Vaccination in Burma 1920-1933 - 1920-1933
Year: 1920
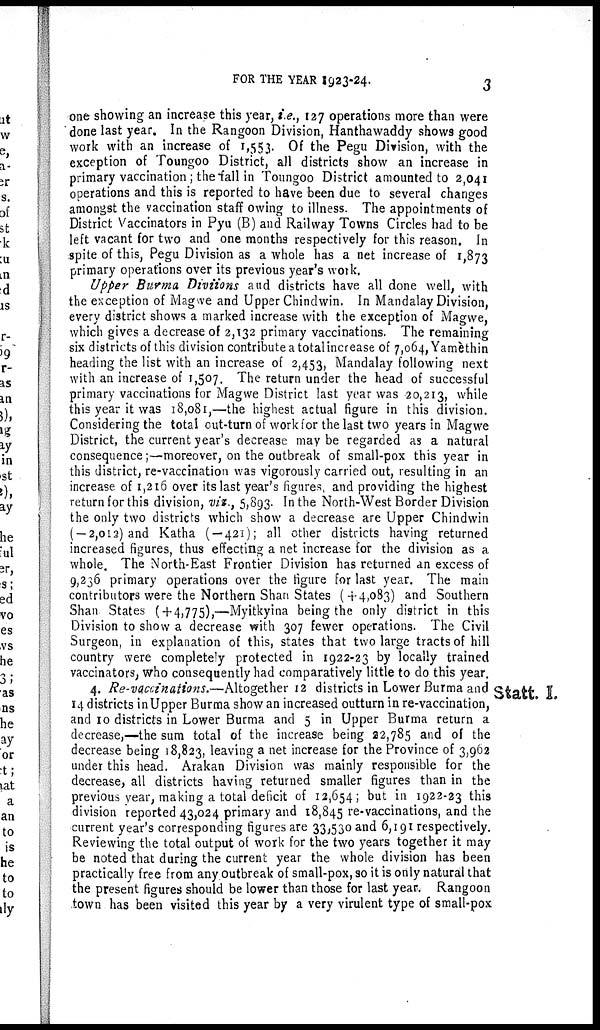
FOR THE YEAR 1923-24.
3
one showing an increase this year, i.e., 127 operations more than were
done last year. In the Rangoon Division, Hanthawaddy shows good
work with an increase of 1,553. Of the Pegu Division, with the
exception of Toungoo District, all districts show an increase in
primary vaccination; the fall in Toungoo District amounted to 2,041
operations and this is reported to have been due to several changes
amongst the vaccination staff owing to illness. The appointments of
District Vaccinators in Pyu (B) and Railway Towns Circles had to be
left vacant for two and one months respectively for this reason. In
spite of this, Pegu Division as a whole has a net increase of 1,873
primary operations over its previous year's work.
Upper Burma Diviions and districts have all done well, with
the exception of Magwe and Upper Chindwin. In Mandalay Division,
every district shows a marked increase with the exception of Magwe,
which gives a decrease of 2,132 primary vaccinations. The remaining
six districts of this division contribute a total increase of 7,064, Yamèthin
heading the list with an increase of 2,453, Mandalay following next
with an increase of 1,507. The return under the head of successful
primary vaccinations for Magwe District last year was 20,213, while
this year it was 18,081,—the highest actual figure in this division.
Considering the total out-turn of work for the last two years in Magwe
District, the current year's decrease may be regarded as a natural
consequence;—moreover, on the outbreak of small-pox this year in
this district, re-vaccination was vigorously carried out, resulting in an
increase of 1,216 over its last year's figures, and providing the highest
return for this division, viz., 5,893. In the North-West Border Division
the only two districts which show a decrease are Upper Chindwin
( — 2,012) and Katha ( — 421); all other districts having returned
increased figures, thus effecting a net increase for the division as a
whole. The North-East Frontier Division has returned an excess of
9,236 primary operations over the figure for last year. The main
contributors were the Northern Shan States (+4,083) and Southern
Shan States (+ 4,775),—Myitkyina being the only district in this
Division to show a decrease with 307 fewer operations. The Civil
Surgeon, in explanation of this, states that two large tracts of hill
country were completely protected in 1922-23 by locally trained
vaccinators, who consequently had comparatively little to do this year.
Statt. I.
4. Re-vaccinations.—Altogether 12 districts in Lower Burma and
14 districts in Upper Burma show an increased outturn in re-vaccination,
and 10 districts in Lower Burma and 5 in Upper Burma return a
decrease,—the sum total of the increase being 22,785 and of the
decrease being 18,823, leaving a net increase for the Province of 3,962
under this head. Arakan Division was mainly responsible for the
decrease, all districts having returned smaller figures than in the
previous year, making a total deficit of 12,654; but in 1922-23 this
division reported 43,024 primary and 18,845 re-vaccinations, and the
current year's corresponding figures are 33,530 and 6,191 respectively.
Reviewing the total output of work for the two years together it may
be noted that during the current year the whole division has been
practically free from any outbreak of small-pox, so it is only natural that
the present figures should be lower than those for last year. Rangoon
town has been visited this year by a very virulent type of small-pox